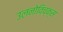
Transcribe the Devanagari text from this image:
उलनोविच्क्स